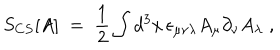
S _ { C S } [ A ] \; = \; \frac { 1 } { 2 } \int d ^ { 3 } x \, \epsilon _ { \mu \nu \lambda } A _ { \mu } \partial _ { \nu } A _ { \lambda } \; ,